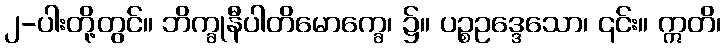
၂-ပါးတို့တွင်။ ဘိက္ခုနီပါတိမောက္ခေ၊ ၌။ ပဉ္စဥဒ္ဒေသော၊ ၎င်း။ ဣတိ၊